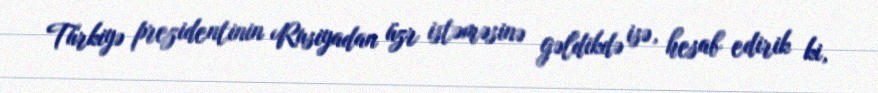
Türkiyə prezidentinin Rusiyadan üzr istəməsinə gəldikdə isə, hesab edirik ki,